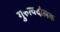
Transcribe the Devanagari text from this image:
गुरुत्वदोलक